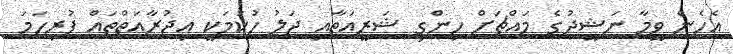
އެހެން ވީމާ ނަޝީދުގެ މައްޗަށް ހިންގި ޝަރީއަތާއި ޖަލު ހުކުމަކީ އިޖުރާއަތްތައް ފުރިހަމަ